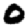
Digit: 0